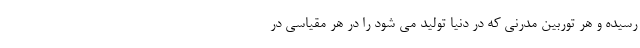
رسیده و هر توربین مدرنی که در دنیا تولید می شود را در هر مقیاسی در